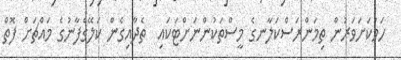
ހަމަކަށަވަރުން ތިމަންރަސްކަލާނގެ މީސްތަކުންނަށްޓަކައި  ތެދާއިގެން ކަލޭގެފާނުގެ މައްޗަށް ފޮތް